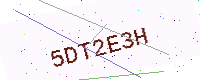
Text: 5DT2E3H